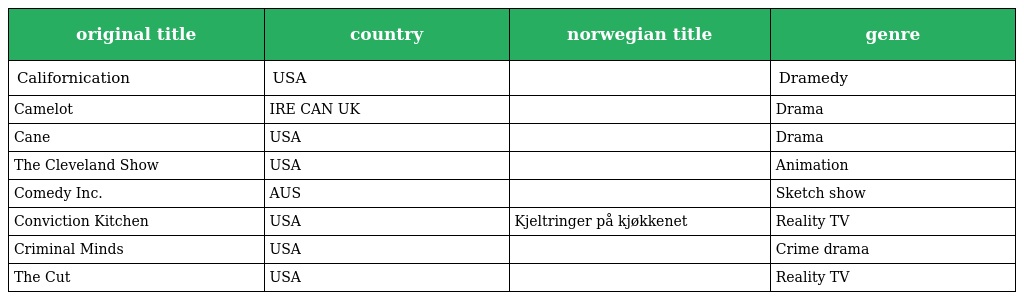
| original title | country | norwegian title | genre |
 | --- | --- | --- | --- |
 | Californication | USA |  | Dramedy |
 | Camelot | IRE CAN UK |  | Drama |
 | Cane | USA |  | Drama |
 | The Cleveland Show | USA |  | Animation |
 | Comedy Inc. | AUS |  | Sketch show |
 | Conviction Kitchen | USA | Kjeltringer på kjøkkenet | Reality TV |
 | Criminal Minds | USA |  | Crime drama |
 | The Cut | USA |  | Reality TV |